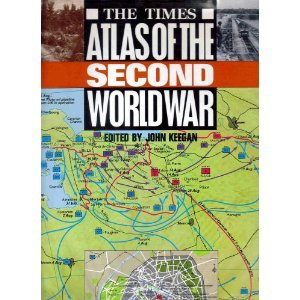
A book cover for The Times Atlas of the Second World War; History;